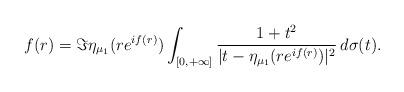
LaTeX: \begin{align*}f(r)=\Im\eta_{\mu_{1}}(re^{if(r)})\int_{[0,+\infty]}\frac{1+t^{2}}{|t-\eta_{\mu_{1}}(re^{if(r)})|^{2}}\,d\sigma(t).\end{align*}